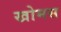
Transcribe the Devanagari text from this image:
खोमस